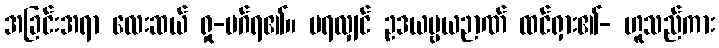
အခြင်းအရာ လေးဆယ် ရှု-မဂ်ရ၏။ မရလျှင် ဥဒယဗ္ဗယဉာဏ် ထင်ရှား၏- ဟူသည်ကား